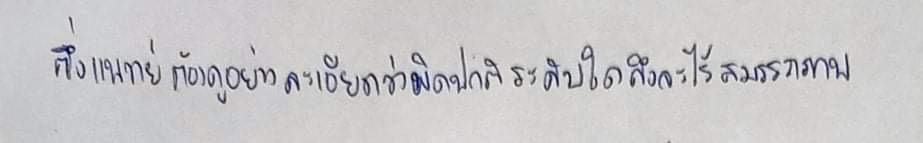
ซึ่งแพทย์ต้องดูอย่างละเอียดว่าผิดปกติระดับใดถึงจะไร้สมรรถภาพ